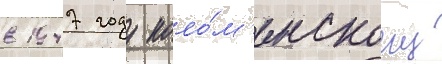
в 1947 году коло́м'енскому